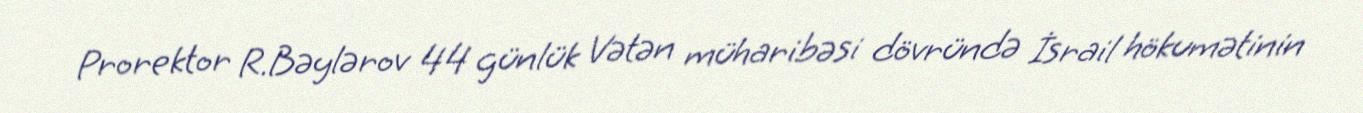
Prorektor R.Bəylərov 44 günlük Vətən müharibəsi dövründə İsrail hökumətinin